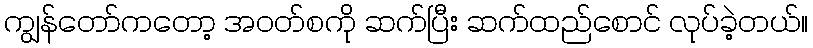
ကျွန်တော်ကတော့ အဝတ်စကို ဆက်ပြီး ဆက်ထည်စောင် လုပ်ခဲ့တယ်။